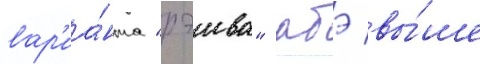
вар'иа́нта "рэива" абэ вы́ше